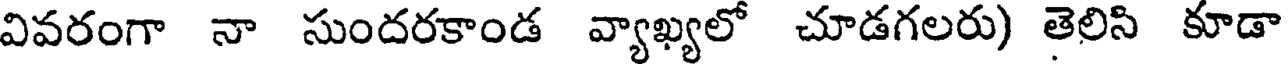
వివరంగా నా సుందరకాండ వ్యాఖ్యలో చూడగలరు) తెలిసి కూడా